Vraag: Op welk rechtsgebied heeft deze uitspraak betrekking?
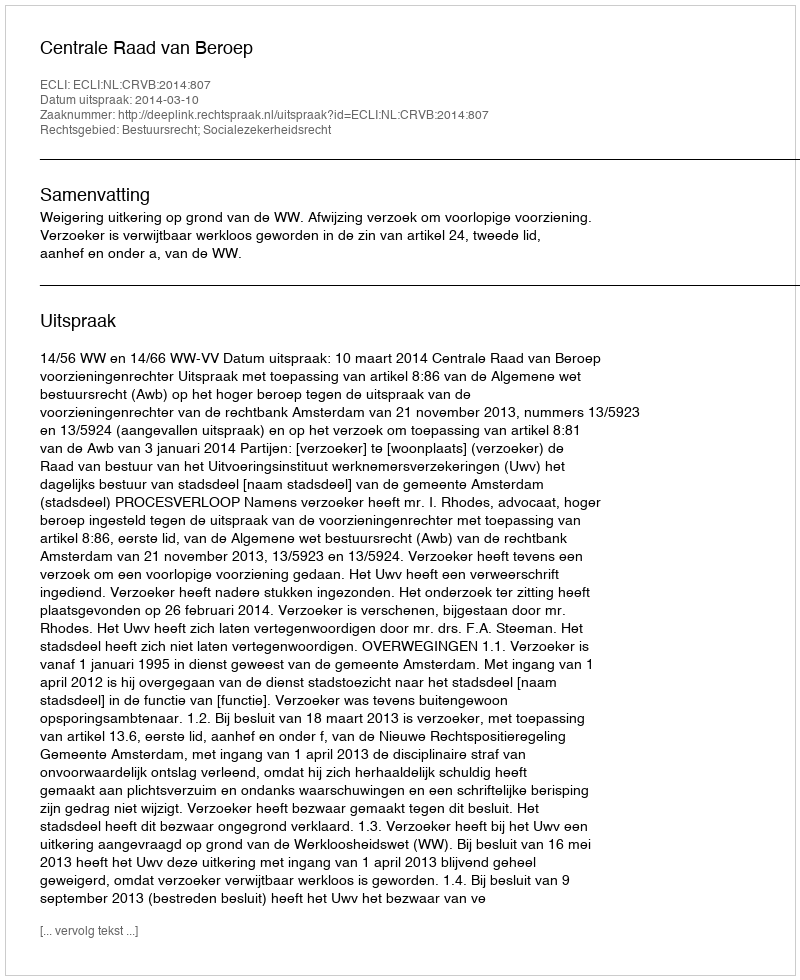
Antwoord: Bestuursrecht; Socialezekerheidsrecht